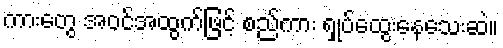
ကားတွေ အဝင်အထွက်ဖြင့် စည်ကား ရှုပ်ထွေးနေသေးဆဲ။